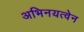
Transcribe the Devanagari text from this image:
अभिनयत्वेन